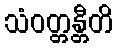
သံဝတ္တန္တီတိ